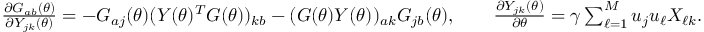
\begin{array} { r } { \frac { \partial G _ { a b } ( \theta ) } { \partial Y _ { j k } ( \theta ) } = - G _ { a j } ( \theta ) ( Y ( \theta ) ^ { T } G ( \theta ) ) _ { k b } - ( G ( \theta ) Y ( \theta ) ) _ { a k } G _ { j b } ( \theta ) , \qquad \frac { \partial Y _ { j k } ( \theta ) } { \partial \theta } = \gamma \sum _ { \ell = 1 } ^ { M } u _ { j } u _ { \ell } X _ { \ell k } . } \end{array}